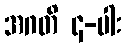
အဂတိ ၄-ပါး